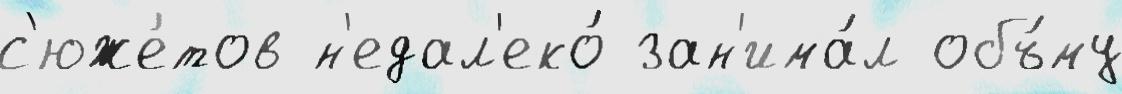
с'юже́тов н'едал'еко́ зан'има́л объ́му